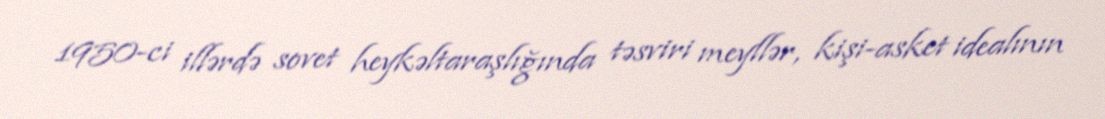
1950-ci illərdə sovet heykəltaraşlığında təsviri meyllər, kişi-asket idealının